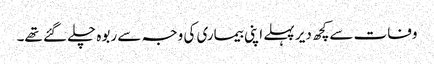
وفات سےکچھ دیر پہلے اپنی بیماری کی وجہ سے ربوہ چلے گئے تھے۔